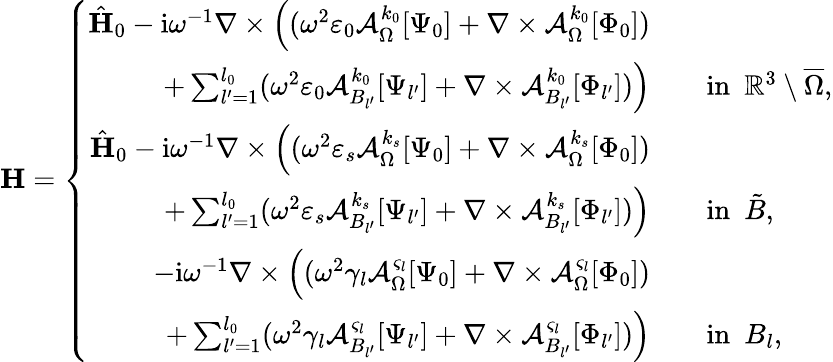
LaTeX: \mathbf{H}=\left\{ \begin{array}{rl}{\hat{\mathbf{H}}_{0}-\mathrm{i}\omega^{-1}\nabla\times\Big((\omega^{2}\varepsilon_{0}\mathcal{A}_{\Omega}^{k_{0}}[\Psi_{0}]+\nabla\times\mathcal{A}_{\Omega}^{k_{0}}[\Phi_{0}])}&{}\\ {+\sum_{l^{\prime}=1}^{l_{0}}(\omega^{2}\varepsilon_{0}\mathcal{A}_{B_{l^{\prime}}}^{k_{0}}[\Psi_{l^{\prime}}]+\nabla\times\mathcal{A}_{B_{l^{\prime}}}^{k_{0}}[\Phi_{l^{\prime}}])\Big)}&{\quad\mathrm{in}\ \ \mathbb{R}^{3}\setminus\overline{\Omega},}\\ {\hat{\mathbf{H}}_{0}-\mathrm{i}\omega^{-1}\nabla\times\Big((\omega^{2}\varepsilon_{s}\mathcal{A}_{\Omega}^{k_{s}}[\Psi_{0}]+\nabla\times\mathcal{A}_{\Omega}^{k_{s}}[\Phi_{0}])}&{}\\ {+\sum_{l^{\prime}=1}^{l_{0}}(\omega^{2}\varepsilon_{s}\mathcal{A}_{B_{l^{\prime}}}^{k_{s}}[\Psi_{l^{\prime}}]+\nabla\times\mathcal{A}_{B_{l^{\prime}}}^{k_{s}}[\Phi_{l^{\prime}}])\Big)}&{\quad\mathrm{in}\ \ \tilde{B},}\\ {-\mathrm{i}\omega^{-1}\nabla\times\Big((\omega^{2}\gamma_{l}\mathcal{A}_{\Omega}^{\varsigma_{l}}[\Psi_{0}]+\nabla\times\mathcal{A}_{\Omega}^{\varsigma_{l}}[\Phi_{0}])}&{}\\ {+\sum_{l^{\prime}=1}^{l_{0}}(\omega^{2}\gamma_{l}\mathcal{A}_{B_{l^{\prime}}}^{\varsigma_{l}}[\Psi_{l^{\prime}}]+\nabla\times\mathcal{A}_{B_{l^{\prime}}}^{\varsigma_{l}}[\Phi_{l^{\prime}}])\Big)}&{\quad\mathrm{in}\ \ B_{l},}\end{array}\right.